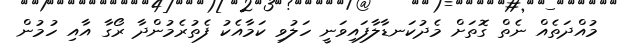
މުއްދަތެއް ނެތް ގޮތަށް މެދުކަނޑާލާފައިވަނީ ހަލުވި ކަމާއެކު ފެތުރެމުންދާ ރޯގާ އާއި ހުމުން